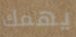
يهمك